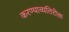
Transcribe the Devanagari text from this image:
करण्याव्यतिरीक्त